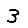
Digit: 3